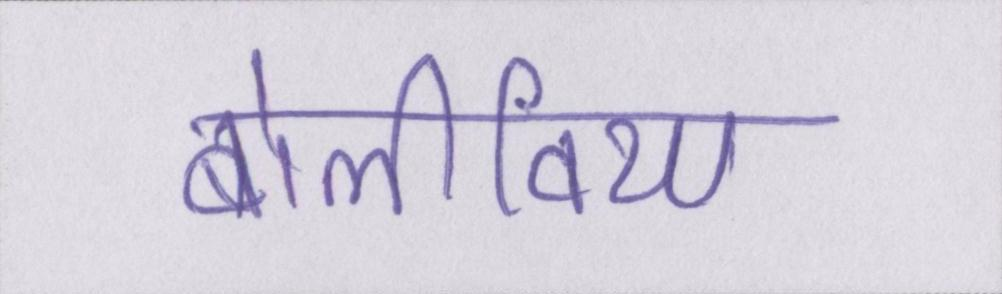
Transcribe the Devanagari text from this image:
बोलीविया